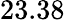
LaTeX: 23.38